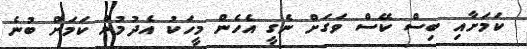
ކަމަށާއި ބިސް ކޭސް ވަގަށް ނެގީ އެހެން މީހަކު އެދުމުން ކަމަށް ބުނެ